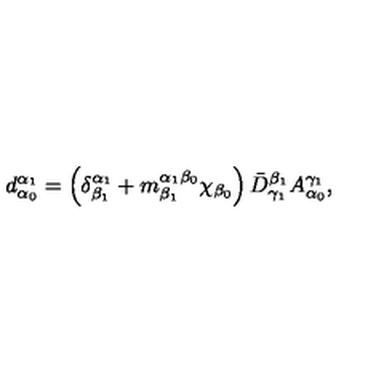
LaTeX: d _ { \alpha _ { 0 } } ^ { \alpha _ { 1 } } = \left( \delta _ { \beta _ { 1 } } ^ { \alpha _ { 1 } } + m _ { \beta _ { 1 } } ^ { \alpha _ { 1 } \beta _ { 0 } } \chi _ { \beta _ { 0 } } \right) \bar { D } _ { \gamma _ { 1 } } ^ { \beta _ { 1 } } A _ { \alpha _ { 0 } } ^ { \gamma _ { 1 } } ,